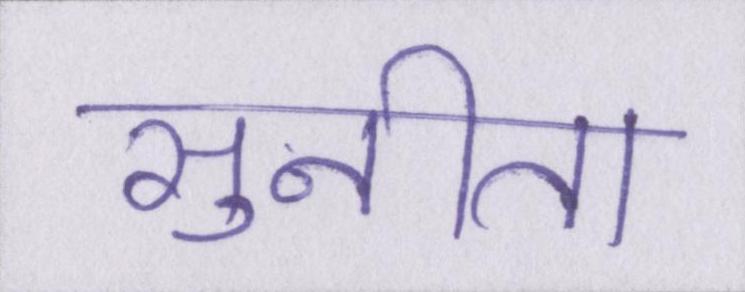
सुनीता